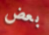
بعض